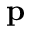
\textbf { p }